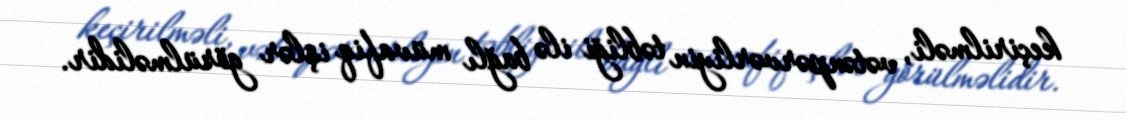
keçirilməli, vətənpərvərliyin təbliği ilə bağlı müvafiq işlər görülməlidir.